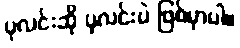
ပုလင်းဆို ပုလင်းပဲ ဖြစ်မှာပါ။